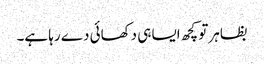
بظاہر تو کچھ ایسا ہی دکھائی دے رہا ہے۔